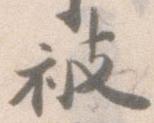
被